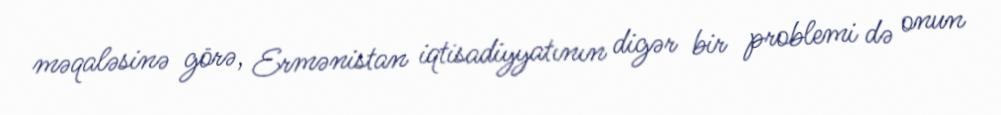
məqaləsinə görə, Ermənistan iqtisadiyyatının digər bir problemi də onun